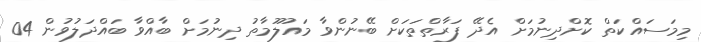
މިމަސައްކަތް ކޮށްދިނުމަށް އެދޭ ފަރާތްތަކަށް ބޭނުންވާ މައުލޫމާތު ދިނުމަށް ބާއްވާ ބައްދަލުވުން 04